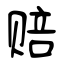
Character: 赔